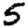
Digit: 5